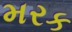
મરક